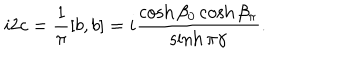
i 2 c = \frac { 1 } { \pi } [ b , b ] = i \frac { \cosh \beta _ { 0 } \cosh \beta _ { \pi } } { \sinh \pi \gamma } .